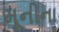
મૂનીના